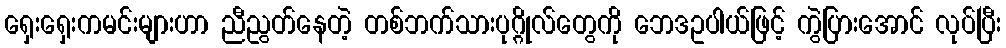
ရှေးရှေးကမင်းများဟာ ညီညွတ်နေတဲ့ တစ်ဘက်သားပုဂ္ဂိုလ်တွေကို ဘေဒဥပါယ်ဖြင့် ကွဲပြားအောင် လုပ်ပြီး